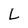
Character: L